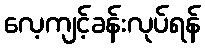
လေ့ကျင့်ခန်းလုပ်ရန်